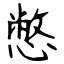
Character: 憋